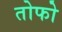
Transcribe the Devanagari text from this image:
तोफो